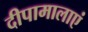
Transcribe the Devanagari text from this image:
दीपामालाएं